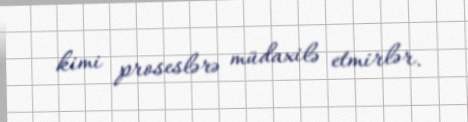
kimi proseslərə müdaxilə etmirlər.